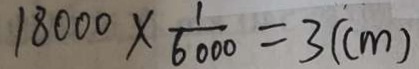
1 8 0 0 0 \times \frac { 1 } { 6 0 0 0 } = 3 ( c m )